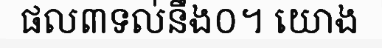
ផល៣ទល់នឹង០។ យោង